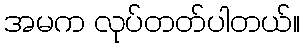
အမက လုပ်တတ်ပါတယ်။